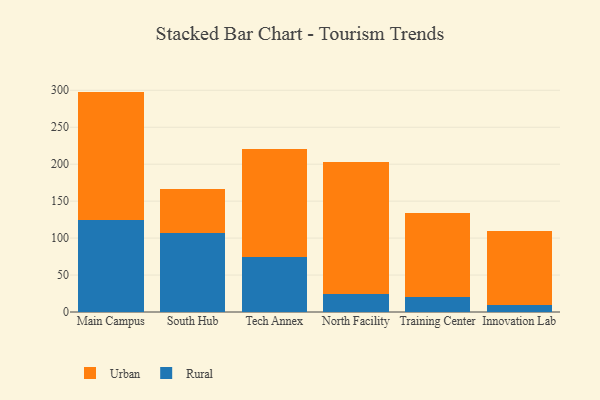
{"axis": {"x": "Campus", "y": "Backlog"}, "legend": ["Rural", "Urban"], "data": [{"x": "Main Campus", "y": 125.1, "type": "Rural"}, {"x": "Main Campus", "y": 173.1, "type": "Urban"}, {"x": "South Hub", "y": 107.5, "type": "Rural"}, {"x": "South Hub", "y": 59.2, "type": "Urban"}, {"x": "Tech Annex", "y": 74.6, "type": "Rural"}, {"x": "Tech Annex", "y": 146.5, "type": "Urban"}, {"x": "North Facility", "y": 24.6, "type": "Rural"}, {"x": "North Facility", "y": 178.6, "type": "Urban"}, {"x": "Training Center", "y": 20.4, "type": "Rural"}, {"x": "Training Center", "y": 113.6, "type": "Urban"}, {"x": "Innovation Lab", "y": 10.0, "type": "Rural"}, {"x": "Innovation Lab", "y": 100.2, "type": "Urban"}]}